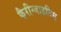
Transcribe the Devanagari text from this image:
फैरीन्जाइटिस